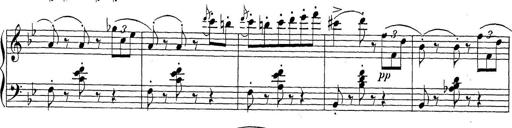
Title: Sonatina Album
Composer: Louis KÃ¶hler